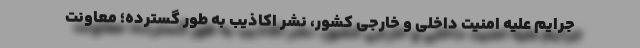
جرایم علیه امنیت داخلی و خارجی کشور، نشر اکاذیب به طور گسترده؛ معاونت